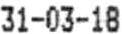
31-03-18